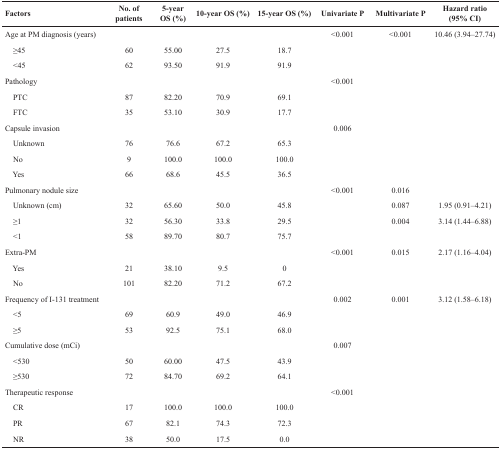
<table><thead><tr><td><b>Factors</b></td><td><b>No. of patients</b></td><td><b>5-year OS (%)</b></td><td><b>10-year OS (%)</b></td><td><b>15-year OS (%)</b></td><td><b>Univariate P</b></td><td><b>Multivariate P</b></td><td><b>Hazard ratio (95% CI)</b></td></tr></thead><tbody><tr><td>Age at PM diagnosis (years)</td><td></td><td></td><td></td><td></td><td>&lt;0.001</td><td>&lt;0.001</td><td>10.46 (3.94–27.74)</td></tr><tr><td> ≥45</td><td>60</td><td>55.00</td><td>27.5</td><td>18.7</td><td></td><td></td><td></td></tr><tr><td> &lt;45</td><td>62</td><td>93.50</td><td>91.9</td><td>91.9</td><td></td><td></td><td></td></tr><tr><td>Pathology</td><td></td><td></td><td></td><td></td><td>&lt;0.001</td><td></td><td></td></tr><tr><td> PTC</td><td>87</td><td>82.20</td><td>70.9</td><td>69.1</td><td></td><td></td><td></td></tr><tr><td> FTC</td><td>35</td><td>53.10</td><td>30.9</td><td>17.7</td><td></td><td></td><td></td></tr><tr><td>Capsule invasion</td><td></td><td></td><td></td><td></td><td>0.006</td><td></td><td></td></tr><tr><td> Unknown</td><td>76</td><td>76.6</td><td>67.2</td><td>65.3</td><td></td><td></td><td></td></tr><tr><td> No</td><td>9</td><td>100.0</td><td>100.0</td><td>100.0</td><td></td><td></td><td></td></tr><tr><td> Yes</td><td>66</td><td>68.6</td><td>45.5</td><td>36.5</td><td></td><td></td><td></td></tr><tr><td>Pulmonary nodule size</td><td></td><td></td><td></td><td></td><td>&lt;0.001</td><td>0.016</td><td></td></tr><tr><td> Unknown (cm)</td><td>32</td><td>65.60</td><td>50.0</td><td>45.8</td><td></td><td>0.087</td><td>1.95 (0.91–4.21)</td></tr><tr><td> ≥1</td><td>32</td><td>56.30</td><td>33.8</td><td>29.5</td><td></td><td>0.004</td><td>3.14 (1.44–6.88)</td></tr><tr><td> &lt;1</td><td>58</td><td>89.70</td><td>80.7</td><td>75.7</td><td></td><td></td><td></td></tr><tr><td>Extra-PM</td><td></td><td></td><td></td><td></td><td>&lt;0.001</td><td>0.015</td><td>2.17 (1.16–4.04)</td></tr><tr><td> Yes</td><td>21</td><td>38.10</td><td>9.5</td><td>0</td><td></td><td></td><td></td></tr><tr><td> No</td><td>101</td><td>82.20</td><td>71.2</td><td>67.2</td><td></td><td></td><td></td></tr><tr><td>Frequency of I-131 treatment</td><td></td><td></td><td></td><td></td><td>0.002</td><td>0.001</td><td>3.12 (1.58–6.18)</td></tr><tr><td> &lt;5</td><td>69</td><td>60.9</td><td>49.0</td><td>46.9</td><td></td><td></td><td></td></tr><tr><td> ≥5</td><td>53</td><td>92.5</td><td>75.1</td><td>68.0</td><td></td><td></td><td></td></tr><tr><td>Cumulative dose (mCi)</td><td></td><td></td><td></td><td></td><td>0.007</td><td></td><td></td></tr><tr><td> &lt;530</td><td>50</td><td>60.00</td><td>47.5</td><td>43.9</td><td></td><td></td><td></td></tr><tr><td> ≥530</td><td>72</td><td>84.70</td><td>69.2</td><td>64.1</td><td></td><td></td><td></td></tr><tr><td>Therapeutic response</td><td></td><td></td><td></td><td></td><td>&lt;0.001</td><td></td><td></td></tr><tr><td> CR</td><td>17</td><td>100.0</td><td>100.0</td><td>100.0</td><td></td><td></td><td></td></tr><tr><td> PR</td><td>67</td><td>82.1</td><td>74.3</td><td>72.3</td><td></td><td></td><td></td></tr><tr><td> NR</td><td>38</td><td>50.0</td><td>17.5</td><td>0.0</td><td></td><td></td><td></td></tr></tbody></table>